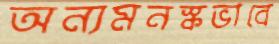
অন্যমনস্কভাবে